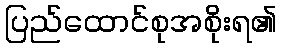
ပြည်ထောင်စုအစိုးရ၏